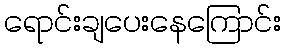
ရောင်းချပေးနေကြောင်း